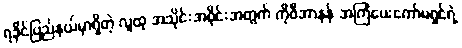
ရခိုင်ပြည်နယ်မှာရှိတဲ့ လူထု အသိုင်းအဝိုင်းအတွက် ကိုဖီအာနန် အကြံပေးကော်မရှင်ရဲ့